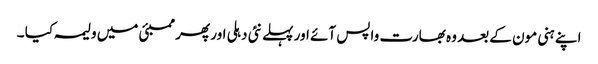
اپنے ہنی مون کے بعد وہ بھارت واپس آئے اور پہلے نئی دہلی اور پھر ممبئی میں ولیمہ کیا ۔